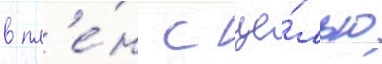
в пл'е́н с це́лью